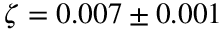
\zeta = 0 . 0 0 7 \pm 0 . 0 0 1